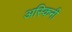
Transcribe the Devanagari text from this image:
अस्किनी